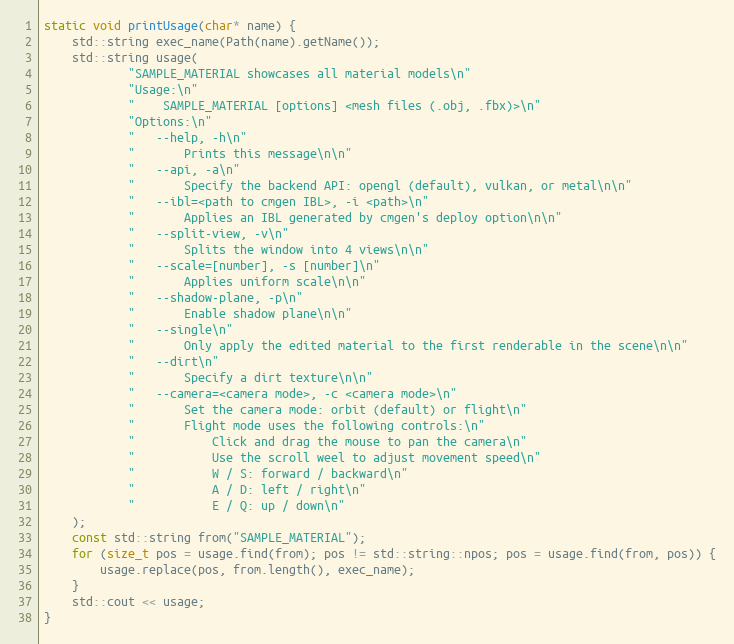
Language: C++
static void printUsage(char* name) {
    std::string exec_name(Path(name).getName());
    std::string usage(
            "SAMPLE_MATERIAL showcases all material models\n"
            "Usage:\n"
            "    SAMPLE_MATERIAL [options] <mesh files (.obj, .fbx)>\n"
            "Options:\n"
            "   --help, -h\n"
            "       Prints this message\n\n"
            "   --api, -a\n"
            "       Specify the backend API: opengl (default), vulkan, or metal\n\n"
            "   --ibl=<path to cmgen IBL>, -i <path>\n"
            "       Applies an IBL generated by cmgen's deploy option\n\n"
            "   --split-view, -v\n"
            "       Splits the window into 4 views\n\n"
            "   --scale=[number], -s [number]\n"
            "       Applies uniform scale\n\n"
            "   --shadow-plane, -p\n"
            "       Enable shadow plane\n\n"
            "   --single\n"
            "       Only apply the edited material to the first renderable in the scene\n\n"
            "   --dirt\n"
            "       Specify a dirt texture\n\n"
            "   --camera=<camera mode>, -c <camera mode>\n"
            "       Set the camera mode: orbit (default) or flight\n"
            "       Flight mode uses the following controls:\n"
            "           Click and drag the mouse to pan the camera\n"
            "           Use the scroll weel to adjust movement speed\n"
            "           W / S: forward / backward\n"
            "           A / D: left / right\n"
            "           E / Q: up / down\n"
    );
    const std::string from("SAMPLE_MATERIAL");
    for (size_t pos = usage.find(from); pos != std::string::npos; pos = usage.find(from, pos)) {
        usage.replace(pos, from.length(), exec_name);
    }
    std::cout << usage;
}